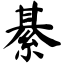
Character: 綦